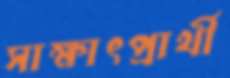
সাক্ষাৎপ্রার্থী